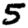
Digit: 5